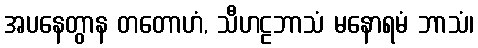
အပနေတွာန တတောဟံ, သီဟဠဘာသံ မနောရမံ ဘာသံ၊